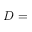
D =